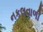
નકલવાળી